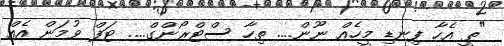
"ތީ އެހާ ފިނޑި މީހެއް ނޫން.... ތިހާ ސްޓްރޯންގް.... ޓަފް ވުމަން އެއް